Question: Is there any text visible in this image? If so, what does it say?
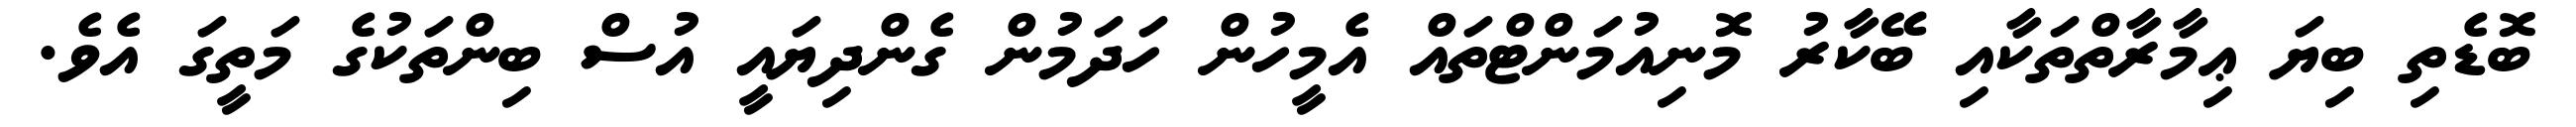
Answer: ބޮޑެތި ބިޔަ ޢިމާރާތްތަކާއި ބޭކާރު މޮނިއުމަންޓްތައް އެމީހުން ހަދަމުން ގެންދިޔައީ އުސް ބިންތަކުގެ މަތީގަ އެވެ.